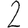
Digit: 2